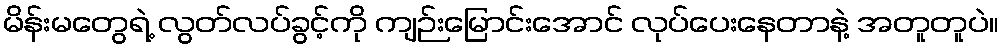
မိန်းမတွေရဲ့ လွတ်လပ်ခွင့်ကို ကျဉ်းမြောင်းအောင် လုပ်ပေးနေတာနဲ့ အတူတူပဲ။